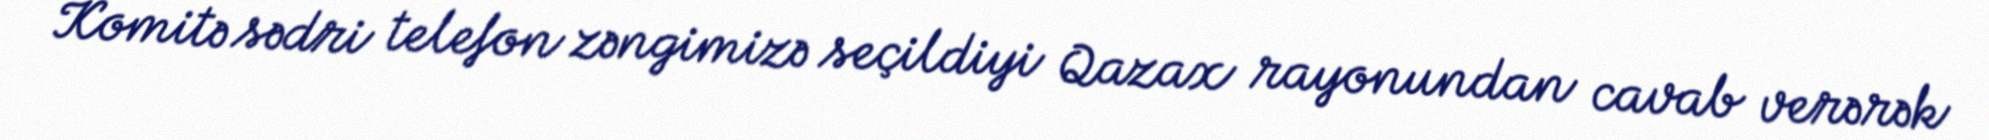
Komitə sədri telefon zəngimizə seçildiyi Qazax rayonundan cavab verərək